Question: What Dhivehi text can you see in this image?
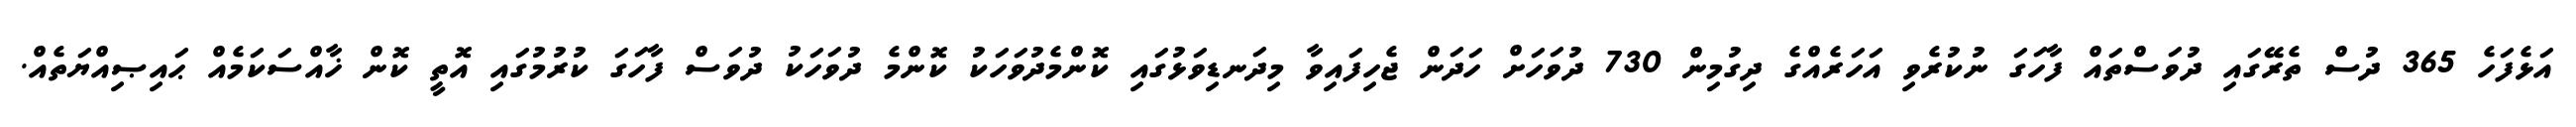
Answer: އަޅެފަހެ 365 ދުސް ތެރޭގައި ދުވަސްތައް ފާހަގަ ނުކުރެވި އަހަރެއްގެ ދިގުމިން 730 ދުވަހަށް ހަދަން ޖެހިފައިވާ މިދަނޑިވަޅުގައި ކޮންމެދުވަހަކު ކޮންމެ ދުވަހަކު ދުވަސް ފާހަގަ ކުރުމުގައި އޮތީ ކޮން ޚާއްސަކަމެއް ޙައިޞިއްޔަތެއް.